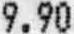
9.90